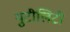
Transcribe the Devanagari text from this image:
युटीलिटी